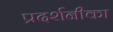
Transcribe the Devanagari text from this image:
प्रदर्शनीका